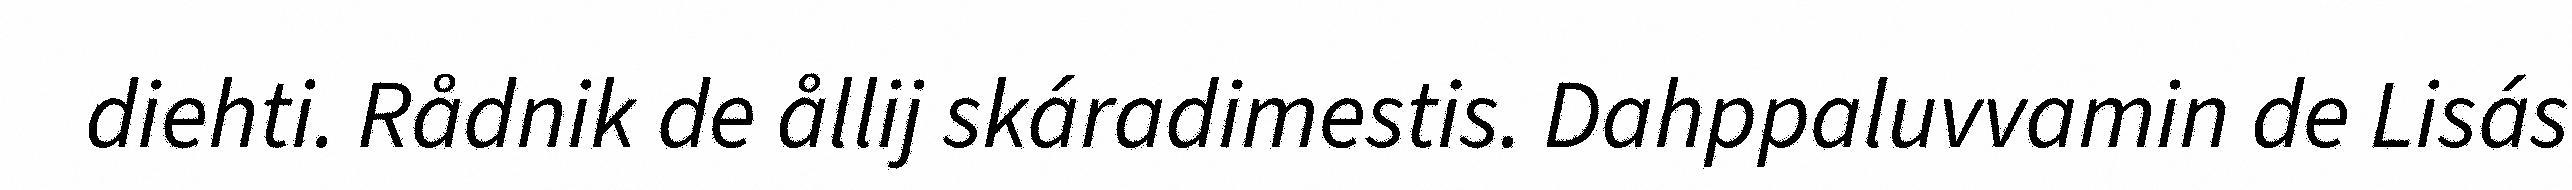
diehti. Rådnik de ållij skáradimestis. Dahppaluvvamin de Lisás